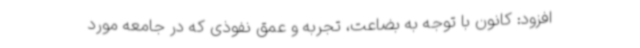
افزود: کانون با توجه به بضاعت، تجربه و عمق نفوذی که در جامعه مورد